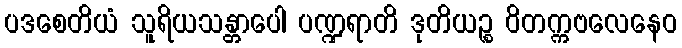
ပဒစေတိယံ သူရိယသန္တာပေါ ပဏ္ဍရာတိ ဒုတိယဉ္စ ဝိတက္ကဗလေနေဝ